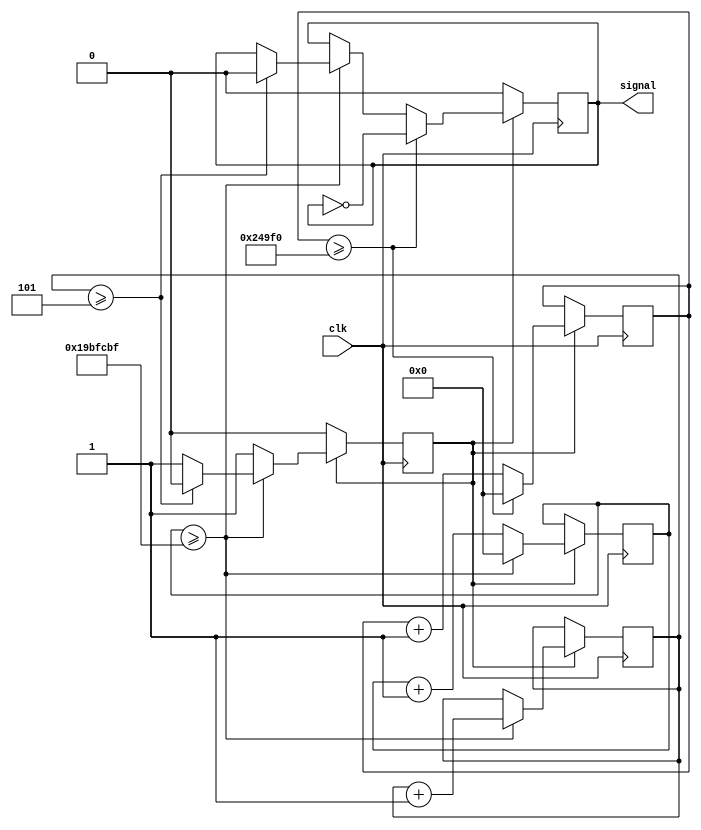
module square_signal
#(
    parameter frequency = 90, 
    parameter duration = 5
)
(
    input clk,
    output reg signal
);

    localparam integer count_max = 27000000 / (frequency * 2);
    localparam integer clock_freq = 27000000;

    reg enable = 1'b1;
    reg [24:0] sec_counter = 0; //count a second, reset, another second
    reg [8:0] seconds = 0; //seconds elapsed
    reg [24:0] counter = 0;

    always@(posedge clk) begin 
        if(enable) begin

            sec_counter <= sec_counter + 1'b1;
            if(sec_counter >= clock_freq - 1) begin
                seconds <= seconds + 1'b1;
                sec_counter <= 0;
                if(seconds >= duration) begin
                    enable <= 0;
                    signal <= 0;
                end
            end

            counter <= counter + 1'b1;
            if (counter >= count_max ) begin
                counter <= 0;   
                signal <= ~signal;
            end

        end else begin
            signal <= 0;
        end
        
    end

endmodule